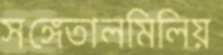
সঙ্গেতালমিলিয়